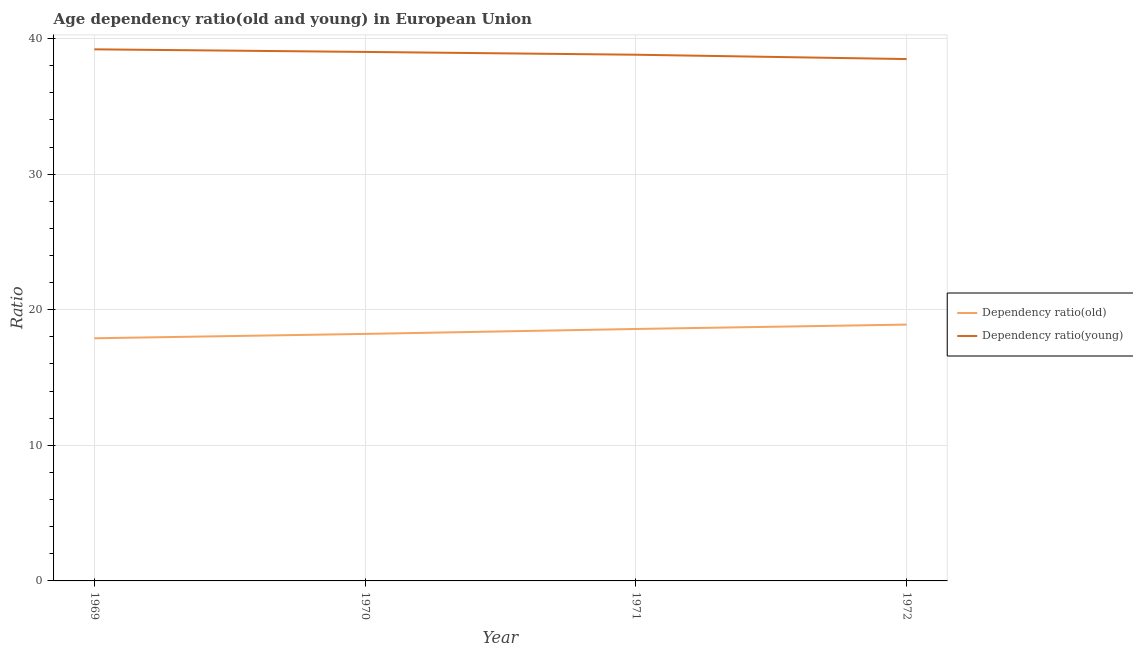
| Year | Dependency ratio(old) | Dependency ratio(young) |
 | --- | --- | --- |
 | 1969 | 17.9 | 39.2 |
 | 1970 | 18.2 | 39 |
 | 1971 | 18.6 | 38.8 |
 | 1972 | 18.9 | 38.5 |